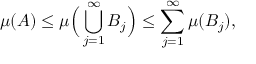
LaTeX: \mu ( A ) \leq \mu { \Big ( } \bigcup _ { j = 1 } ^ { \infty } B _ { j } { \Big ) } \leq \sum _ { j = 1 } ^ { \infty } \mu ( B _ { j } ) ,